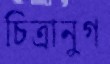
চিত্রানুগ